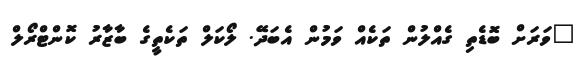
"ވަރަށް ބޮޑެތި ގެއްލުން ތަކެއް ވަމުން އެބަދޭ. ލޯކަލް ތަކެތީގެ ބާޒާރު ކޮންޓްރޯލް